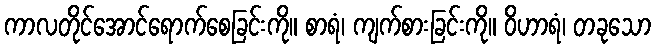
ကာလတိုင်အောင်ရောက်စေခြင်းကို။ စာရံ၊ ကျက်စားခြင်းကို။ ဝိဟာရံ၊ တခုသော